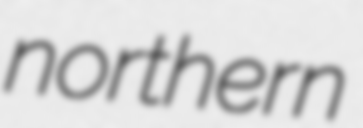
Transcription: northern